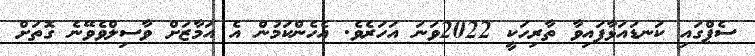
ސެޕްގައި ކަނޑައަޅާފައިވާ ތާރިހަކީ 2022ވަނަ އަހަރެވެ. އެހެންކަމުން އެ އަމާޒަށް ވާސިލްވެވޭނެ ގޮތަށް